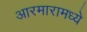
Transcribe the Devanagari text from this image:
आरमारामध्ये